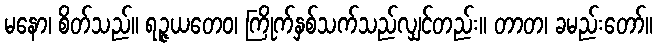
မနော၊ စိတ်သည်။ ရဉ္ဇယတေဝ၊ ကြိုက်နှစ်သက်သည်လျှင်တည်း။ တာတ၊ ခမည်းတော်။